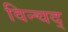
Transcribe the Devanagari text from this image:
विन्चद्